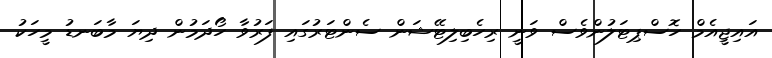
އައިޖީއެމް ހޮސްޕިޓަލުންވެސް ވަނީ ރިހެބިލިޓޭޝަން ސެންޓަރުގައި ފަރުވާ ހޯދަމުން ދިޔަ މާބަނޑު މީހަކު